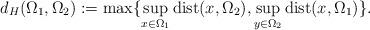
LaTeX: \begin{align*} d_H(\Omega_1,\Omega_2) := \max\{ \sup_{x\in \Omega_1}{\rm dist}(x,\Omega_2), \sup_{y\in \Omega_2} {\rm dist}(x, \Omega_1)\}.\end{align*}